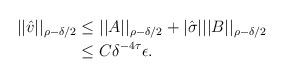
LaTeX: \begin{align*} ||\hat{v}||_{\rho-\delta/2}&\le ||A||_{\rho-\delta/2}+|\hat{\sigma}|||B||_{\rho-\delta/2}\\ &\le C\delta^{-4\tau}\epsilon. \end{align*}